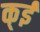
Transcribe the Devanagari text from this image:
क्ई